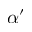
\alpha ^ { \prime }